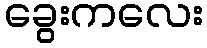
ခွေးကလေး